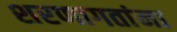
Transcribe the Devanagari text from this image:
शरणागतांना